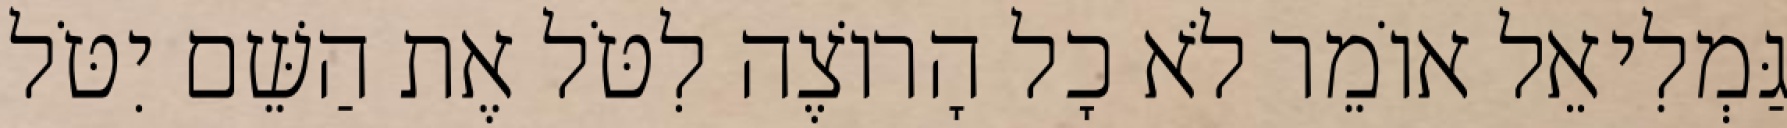
גַּמְלִיאֵל אוֹמֵר לֹא כָל הָרוֹצֶה לִטֹּל אֶת הַשֵּׁם יִטֹּל